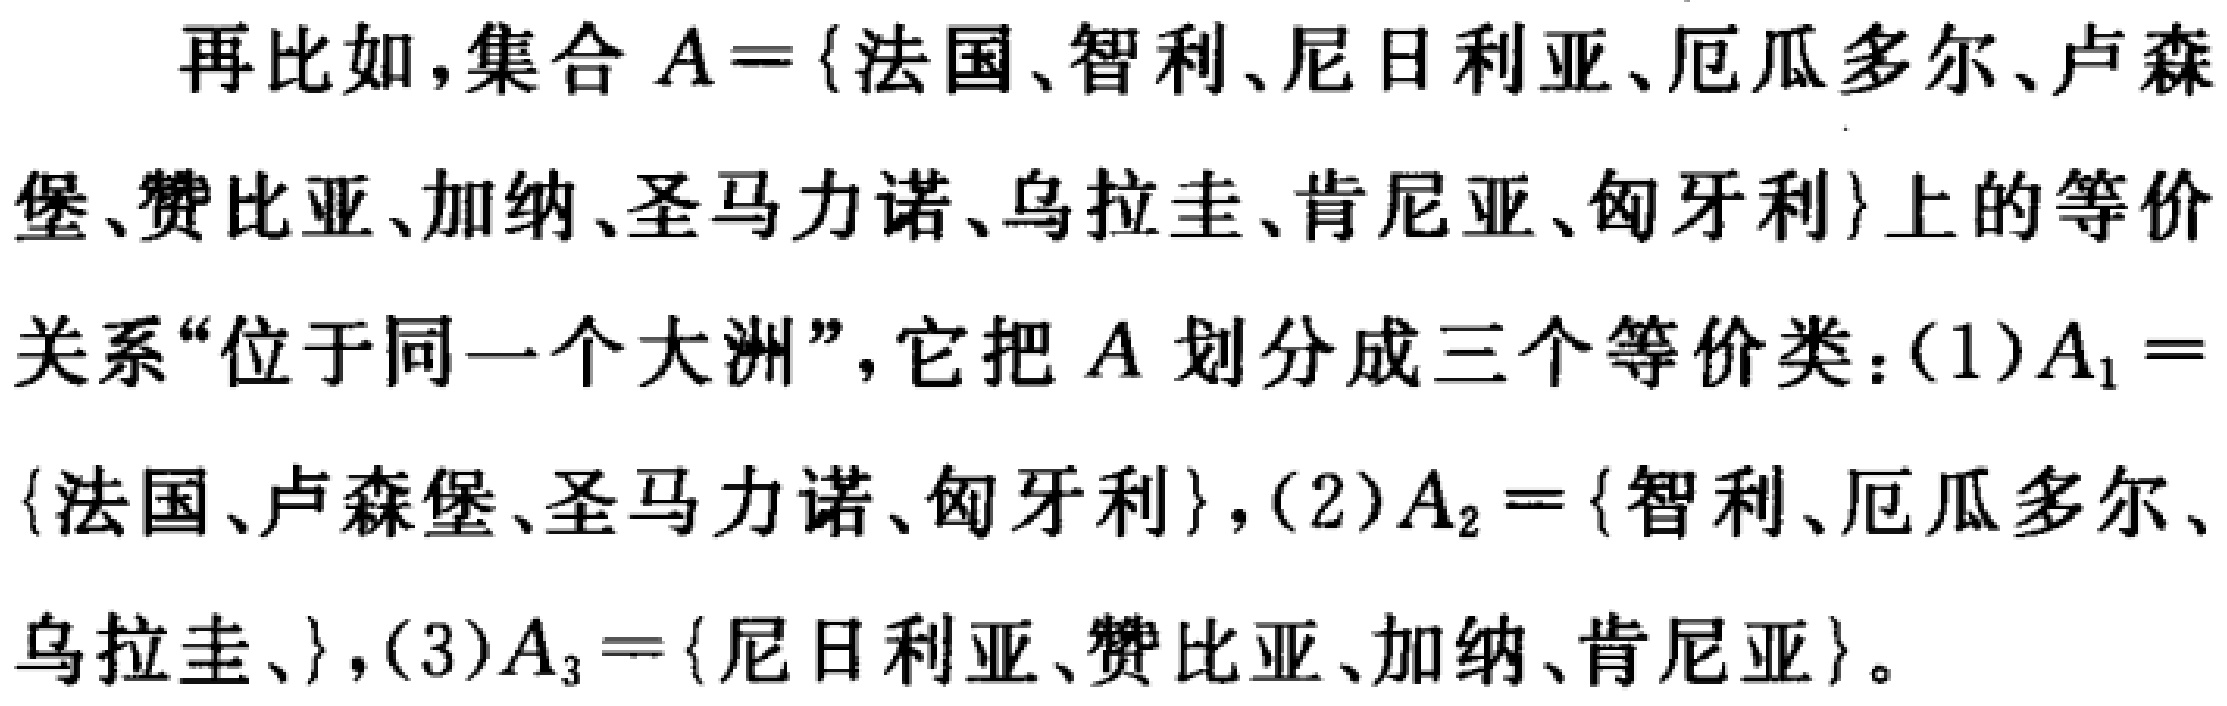
再比如，集合 \(A = \{法国、智利、尼日利亚、厄瓜多尔、卢森堡、赞比亚、加纳、圣马力诺、乌拉圭、肯尼亚、匈牙利\}\)上的等价关系“位于同一个大洲”，它把 \(A\) 划分成三个等价类：(1)\(A_1 = \{法国、卢森堡、圣马力诺、匈牙利\}\)，(2)\(A_2 = \{智利、厄瓜多尔、乌拉圭、\}\)，(3)\(A_3 = \{尼日利亚、赞比亚、加纳、肯尼亚\}\)。